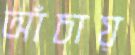
আঁচায়